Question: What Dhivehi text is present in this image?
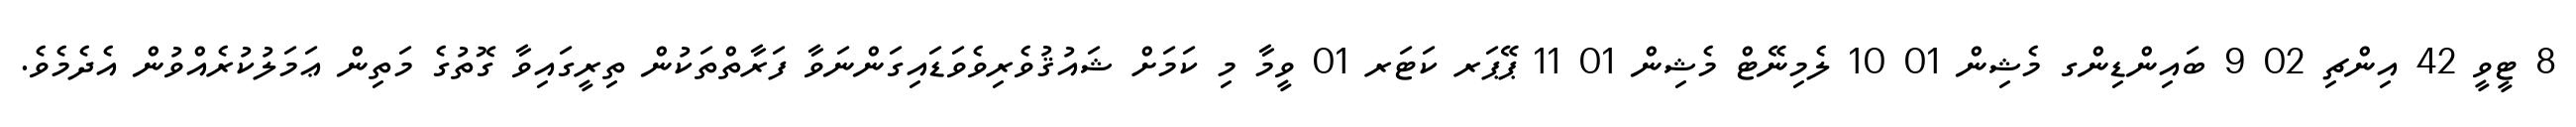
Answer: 8 ޓީވީ 42 އިންޗި 02 9 ބައިންޑިންގ މެޝިން 01 10 ލެމިނޭޓް މެޝިން 01 11 ޕޭޕަރ ކަޓަރ 01 ވީމާ މި ކަމަށް ޝައުޤުވެރިވެވަޑައިގަންނަވާ ފަރާތްތަކުން ތިރީގައިވާ ގޮތުގެ މަތިން ޢަމަލުކުރެއްވުން އެދެމެވެ.